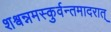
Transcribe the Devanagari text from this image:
शश्वन्नमस्कुर्वन्तमादरात्